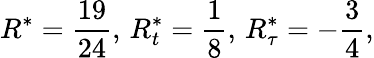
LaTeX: R^{*}={\frac{19}{24}},\, R_{t}^{*}={\frac{1}{8}},\, R_{\tau}^{*}=-{\frac{3}{4}},